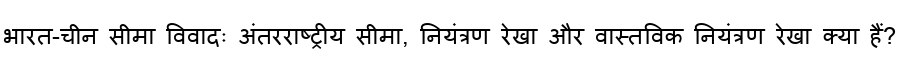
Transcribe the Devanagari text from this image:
भारत-चीन सीमा विवादः अंतरराष्ट्रीय सीमा, नियंत्रण रेखा और वास्तविक नियंत्रण रेखा क्या हैं?